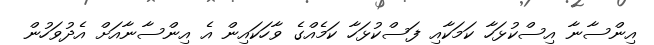
އިންސާނާ އިސްކުޅަހާ ކަމަކާއި ފަސްކުޅަހާ ކަމެއްގެ ވާހަކައިން އެ އިންސާނާއަށް އެދުވަހުން